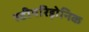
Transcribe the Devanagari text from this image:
स्टीयरिड़ोनिक